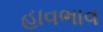
હાવભાવ